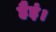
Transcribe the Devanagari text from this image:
हैइं।